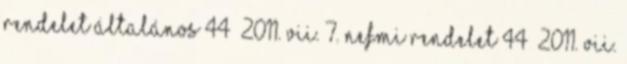
Rendelet Általános 44 2011. VII. 7. NEFMI rendelet 44 2011. VII.